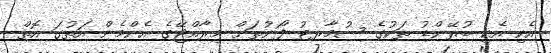
އެކި އެކި ބުރޭންޑު ތަކުގެ ސުމާރޓު ފޯނުތަށް މިރާއްޖޭގެ އެންމެން އަތުގަ އޮތް